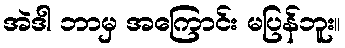
အဲဒါ ဘာမှ အကြောင်း မပြန်ဘူး။